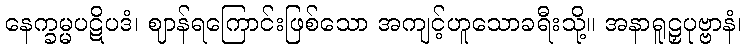
နေက္ခမ္မပဋိပဒံ၊ ဈာန်ရကြောင်းဖြစ်သော အကျင့်ဟူသောခရီးသို့။ အနာရူဠှပုဗ္ဗာနံ၊